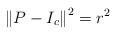
LaTeX: \begin{align*}\left\|P-I_c\right\|^2=r^2\end{align*}